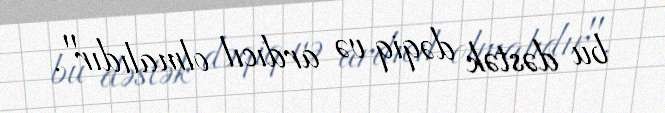
bu dəstək dəqiq və ardıcıl olmalıdır".